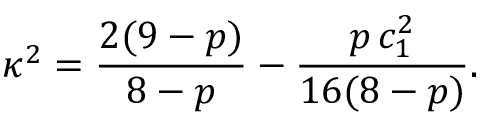
\kappa ^ { 2 } = \frac { 2 ( 9 - p ) } { 8 - p } - \frac { p \, c _ { 1 } ^ { 2 } } { 1 6 ( 8 - p ) } .